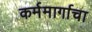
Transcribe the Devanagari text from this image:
कर्ममार्गाचा